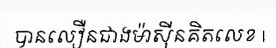
បានលឿនជាងម៉ាស៊ីនគិតលេខ |